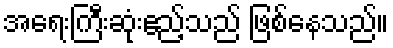
အရေးကြီးဆုံးဧည့်သည် ဖြစ်နေသည်။